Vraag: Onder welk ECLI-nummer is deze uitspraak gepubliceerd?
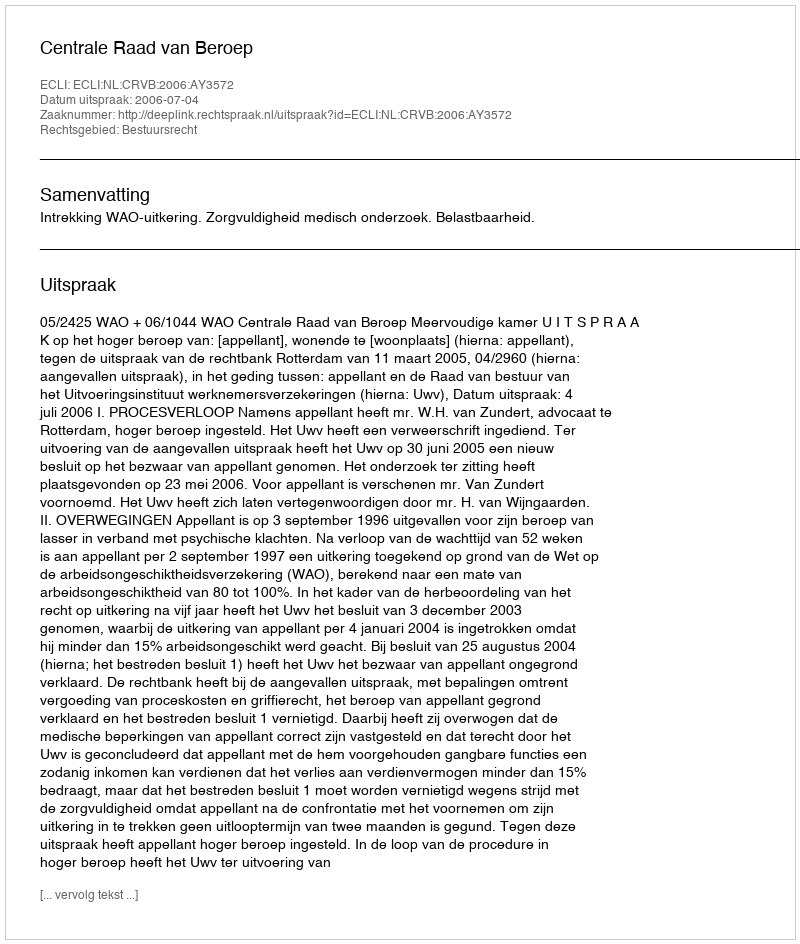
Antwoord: ECLI:NL:CRVB:2006:AY3572